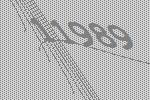
11989